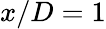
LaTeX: x/D=1